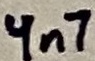
Text: 4n7